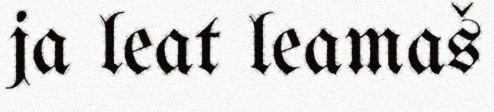
ja leat leamaš